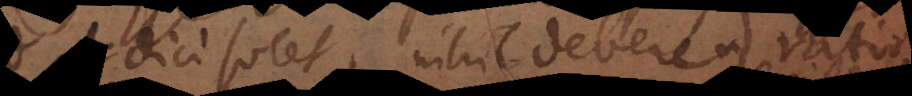
dici solet, nihil debere asseri